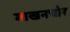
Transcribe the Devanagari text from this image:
माखनचोर